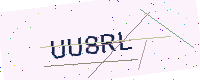
Text: UU8RL